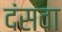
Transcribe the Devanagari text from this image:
दंसवा